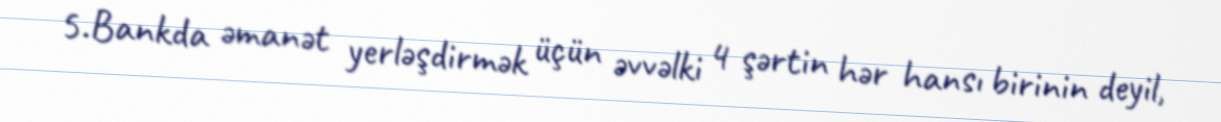
5.Bankda əmanət yerləşdirmək üçün əvvəlki 4 şərtin hər hansı birinin deyil,